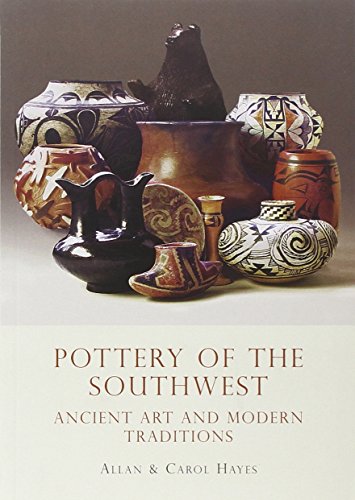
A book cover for Pottery of the Southwest: Ancient Art and Modern Traditions (Shire USA); Carol Hayes; Crafts, Hobbies & Home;